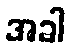
အခါ